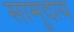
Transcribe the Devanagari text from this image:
सामुदाय